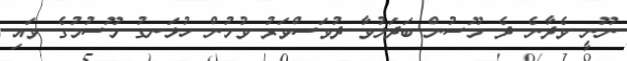
ނޫނީ ވެދާނެ ދެ މޫސުން ބަދަލުވާ ދުވަސްވަރު ވުމުން ހުޅަނގު މޫސުމުގެ ވައި